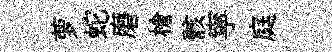
萝蛇磨槍骸寜庭